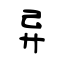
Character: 异